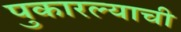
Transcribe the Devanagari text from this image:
पुकारल्याची